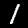
Label: 1